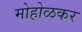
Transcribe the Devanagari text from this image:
मोहोळकर